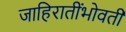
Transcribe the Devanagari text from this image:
जाहिरातींभोवती